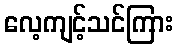
လေ့ကျင့်သင်ကြား